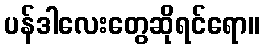
ပန်ဒါလေးတွေဆိုရင်ရော။